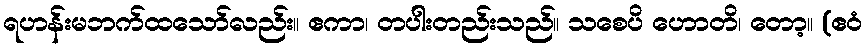
ရဟန်းမဘက်ထသော်လည်း။ ဧကာ၊ တပါးတည်းသည်။ သစေပိ ဟောတိ၊ တော့။ (ဧဝံ